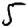
Digit: 5